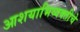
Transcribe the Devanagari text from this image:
आशयाभिव्यक्तीचे